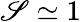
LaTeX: \mathscr{S}\simeq1